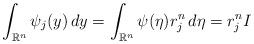
\begin{align*} \int_{\mathbb{R}^n} \psi_j (y)\,dy=\int_{\mathbb{R}^n} \psi(\eta)r^{n}_{j} \,d\eta=r^{n}_{j}I \end{align*}